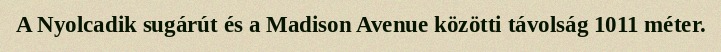
A Nyolcadik sugárút és a Madison Avenue közötti távolság 1011 méter.